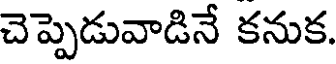
చెప్పెడువాడినే కనుక.